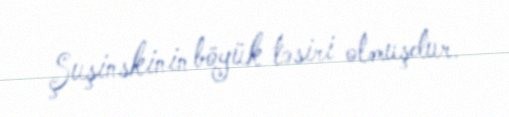
Şuşinskinin böyük təsiri olmuşdur.